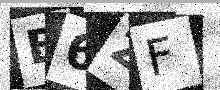
Text: B6ZF